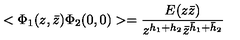
< \Phi _ { 1 } ( z , \bar { z } ) \Phi _ { 2 } ( 0 , 0 ) > = \frac { E ( z \bar { z } ) } { z ^ { h _ { 1 } + h _ { 2 } } \bar { z } ^ { \bar { h } _ { 1 } + \bar { h } _ { 2 } } }